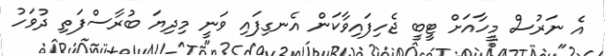
އެ ނަރުސް މީހާއަށް ޓީބީ ޖެހިފައިވާކަން އެނގިފައި ވަނީ މިދިޔަ ބުރާސްފަތި ދުވަހު